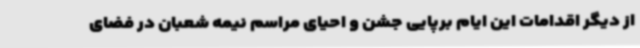
از دیگر اقدامات این ایام برپایی جشن و احیای مراسم نیمه شعبان در فضای